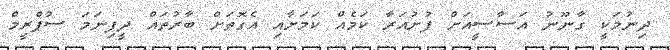
ދިނުމަކީ ގާނޫނު އަސާސީއަށް ފުށުއަރާ ކަމެއް ކަމަށާއި އެގޮތަށް ބާރުތައް ދީފިނަމަ ސުޕްރީމް